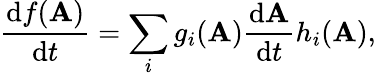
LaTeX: {\frac{\mathrm{d}f(\mathbf{A})}{\mathrm{d}t}}=\sum_{i}g_{i}(\mathbf{A}){\frac{\mathrm{d}\mathbf{A}}{\mathrm{d}t}}h_{i}(\mathbf{A}),